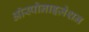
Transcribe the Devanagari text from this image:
ऑस्पोनाइज़ेशन